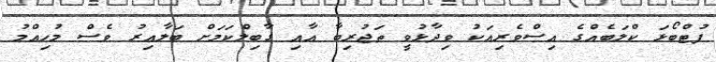
ފުޓްބޯޅަ ކްލަބެއްގެ އިސްވެރިއަކު ވިދާޅުވީ ތަޖުރިބާ އާއި ގާބިލްކަމަށް ބަލާއިރު ވެސް މުހިއްމު